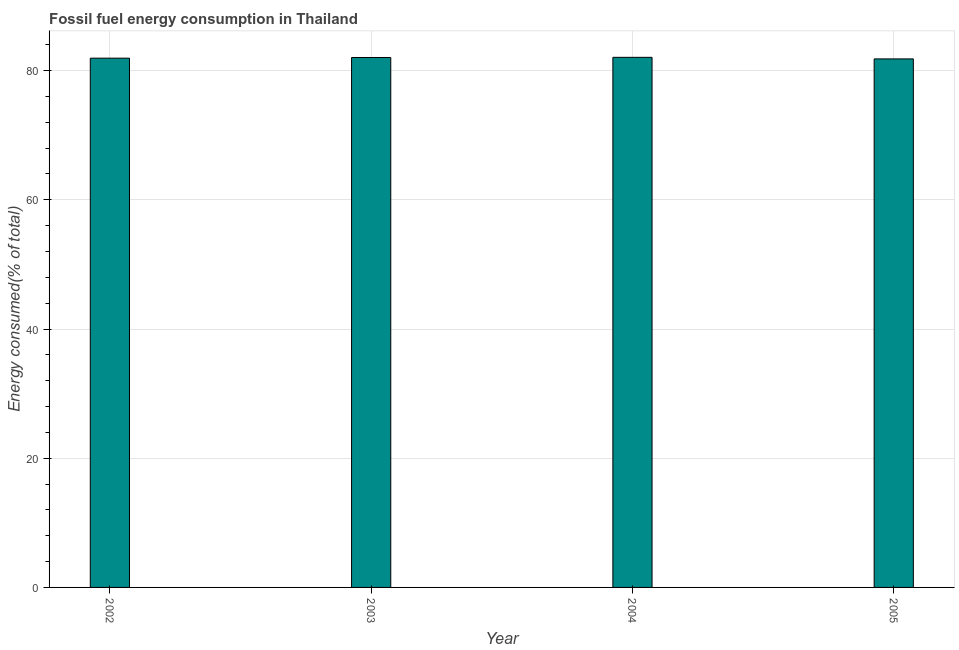
| Year | Fossil fuel energy consumption (% of total) |
 | --- | --- |
 | 2002 | 81.9 |
 | 2003 | 82 |
 | 2004 | 82.1 |
 | 2005 | 81.8 |